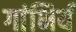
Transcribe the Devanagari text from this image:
गांभिर्य